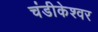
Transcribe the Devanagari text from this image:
चंडीकेश्‍वर